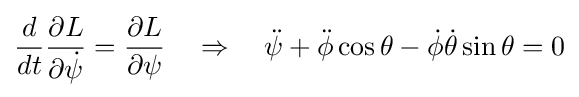
{\frac {d}{dt}}{\frac {\partial L}{\partial {\dot {\psi }}}}={\frac {\partial L}{\partial \psi }}\quad \Rightarrow \quad {\ddot {\psi }}+{\ddot {\phi }}\cos \theta -{\dot {\phi }}{\dot {\theta }}\sin \theta =0